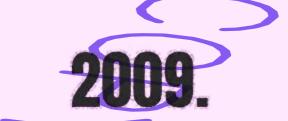
2009.